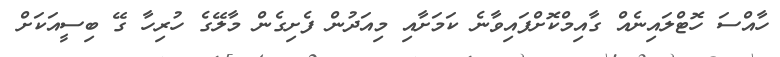
ހާއްސަ ހޮޓްލައިނެއް ގާއިމްކޮށްފައިވާނެ ކަމަށާއި މިއަދުން ފެށިގެން މާލޭގެ ހުރިހާ ގޭ ބިސީއަކަށް